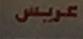
عريس